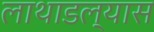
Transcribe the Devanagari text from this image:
लाथाडल्यास